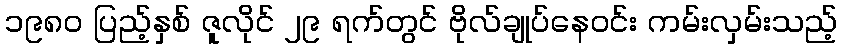
၁၉၈၀ ပြည့်နှစ် ဇူလိုင် ၂၉ ရက်တွင် ဗိုလ်ချုပ်နေဝင်း ကမ်းလှမ်းသည့်